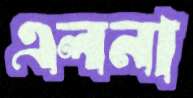
এলনা